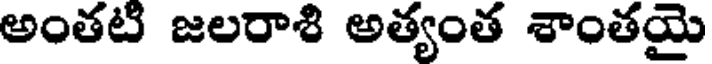
అంతటి జలరాశి అత్యంత శాంతయై